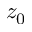
z _ { 0 }